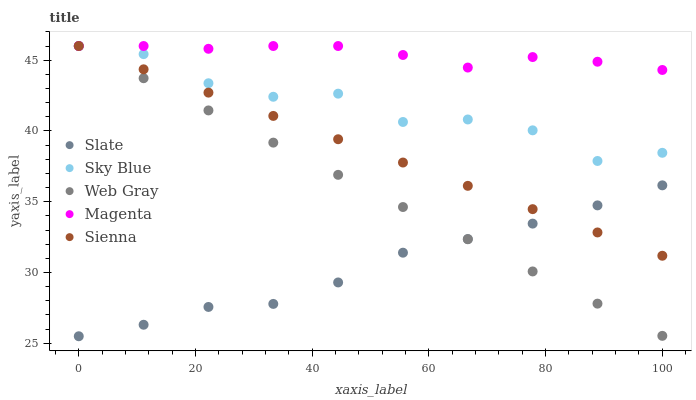
| xaxis_label | Slate | Sky Blue | Web Gray | Magenta | Sienna |
 | --- | --- | --- | --- | --- | --- |
 | 0 | 25.5 | 46 | 46 | 46 | 46 |
 | 11.1 | 26.3 | 45.4 | 43.7 | 46 | 44.4 |
 | 22.2 | 27.6 | 43.4 | 41.5 | 45.8 | 42.7 |
 | 33.3 | 27.8 | 42.4 | 39.2 | 46 | 41.1 |
 | 44.4 | 29.3 | 42.6 | 36.9 | 46 | 39.4 |
 | 55.6 | 31.4 | 40.6 | 34.6 | 45.4 | 37.8 |
 | 66.7 | 32.4 | 40.8 | 32.4 | 44.5 | 36.1 |
 | 77.8 | 33.5 | 40 | 30.1 | 45.2 | 34.5 |
 | 88.9 | 34.7 | 37.9 | 27.8 | 44.9 | 32.8 |
 | 100 | 36.2 | 38.5 | 25.5 | 44.3 | 31.2 |